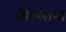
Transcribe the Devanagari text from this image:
मिल्लाना